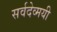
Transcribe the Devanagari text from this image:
सर्वदेव्मयी